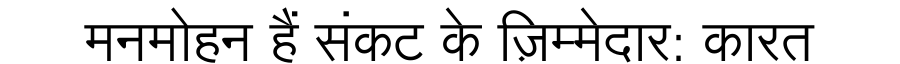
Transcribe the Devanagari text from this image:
मनमोहन हैं संकट के ज़िम्मेदार: कारत